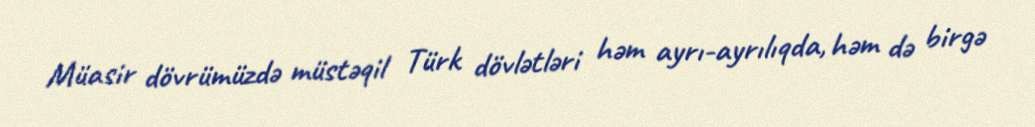
Müasir dövrümüzdə müstəqil Türk dövlətləri həm ayrı-ayrılıqda, həm də birgə